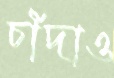
চাঁদাও